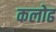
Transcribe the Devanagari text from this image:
कलोढ